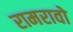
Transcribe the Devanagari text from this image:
रामरावो